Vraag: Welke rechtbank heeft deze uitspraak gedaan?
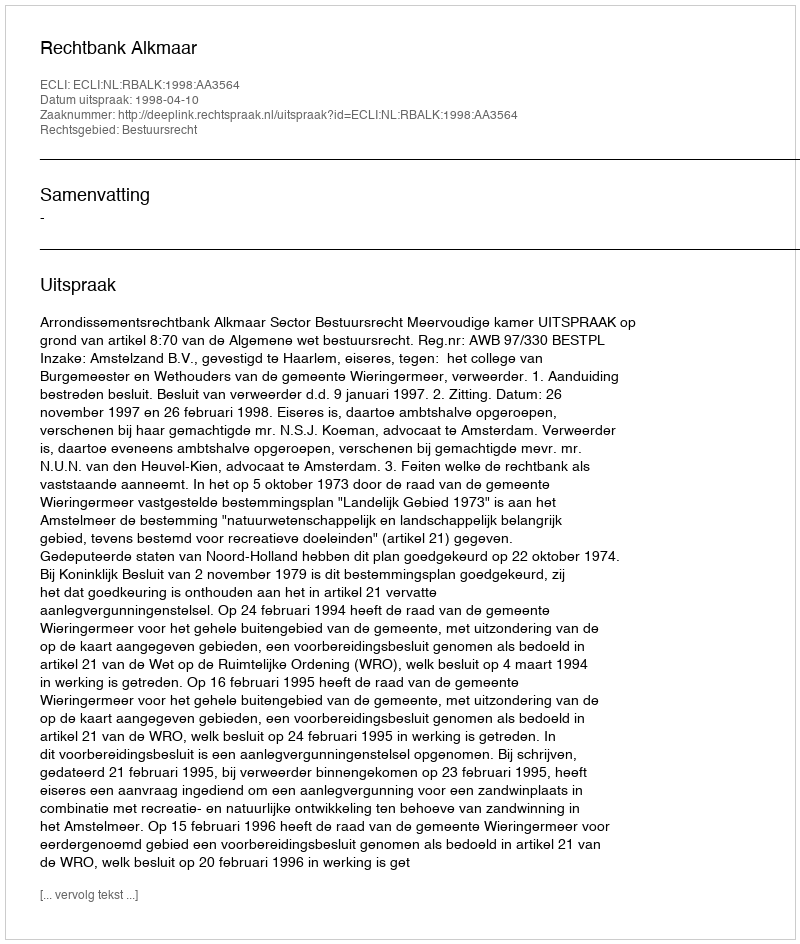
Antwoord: Rechtbank Alkmaar